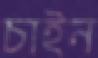
চাইন